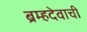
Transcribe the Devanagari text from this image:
ब्रम्हदेवाची